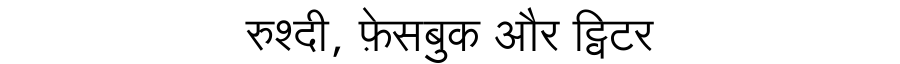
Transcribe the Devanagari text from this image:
रुश्दी, फ़ेसबुक और ट्विटर